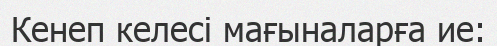
Кенеп келесі мағыналарға ие: